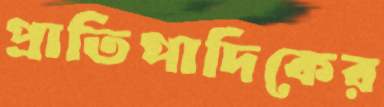
প্রাতিপাদিকের